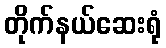
တိုက်နယ်ဆေးရုံ